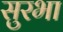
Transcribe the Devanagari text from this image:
सुरभा